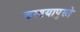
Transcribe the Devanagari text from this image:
करण्यापुरते